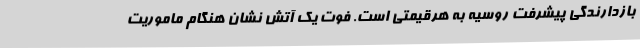
بازدارندگی پیشرفت روسیه به هرقیمتی است. فوت یک آتش نشان هنگام ماموریت